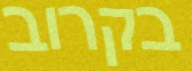
בקרוב